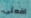
افعلى